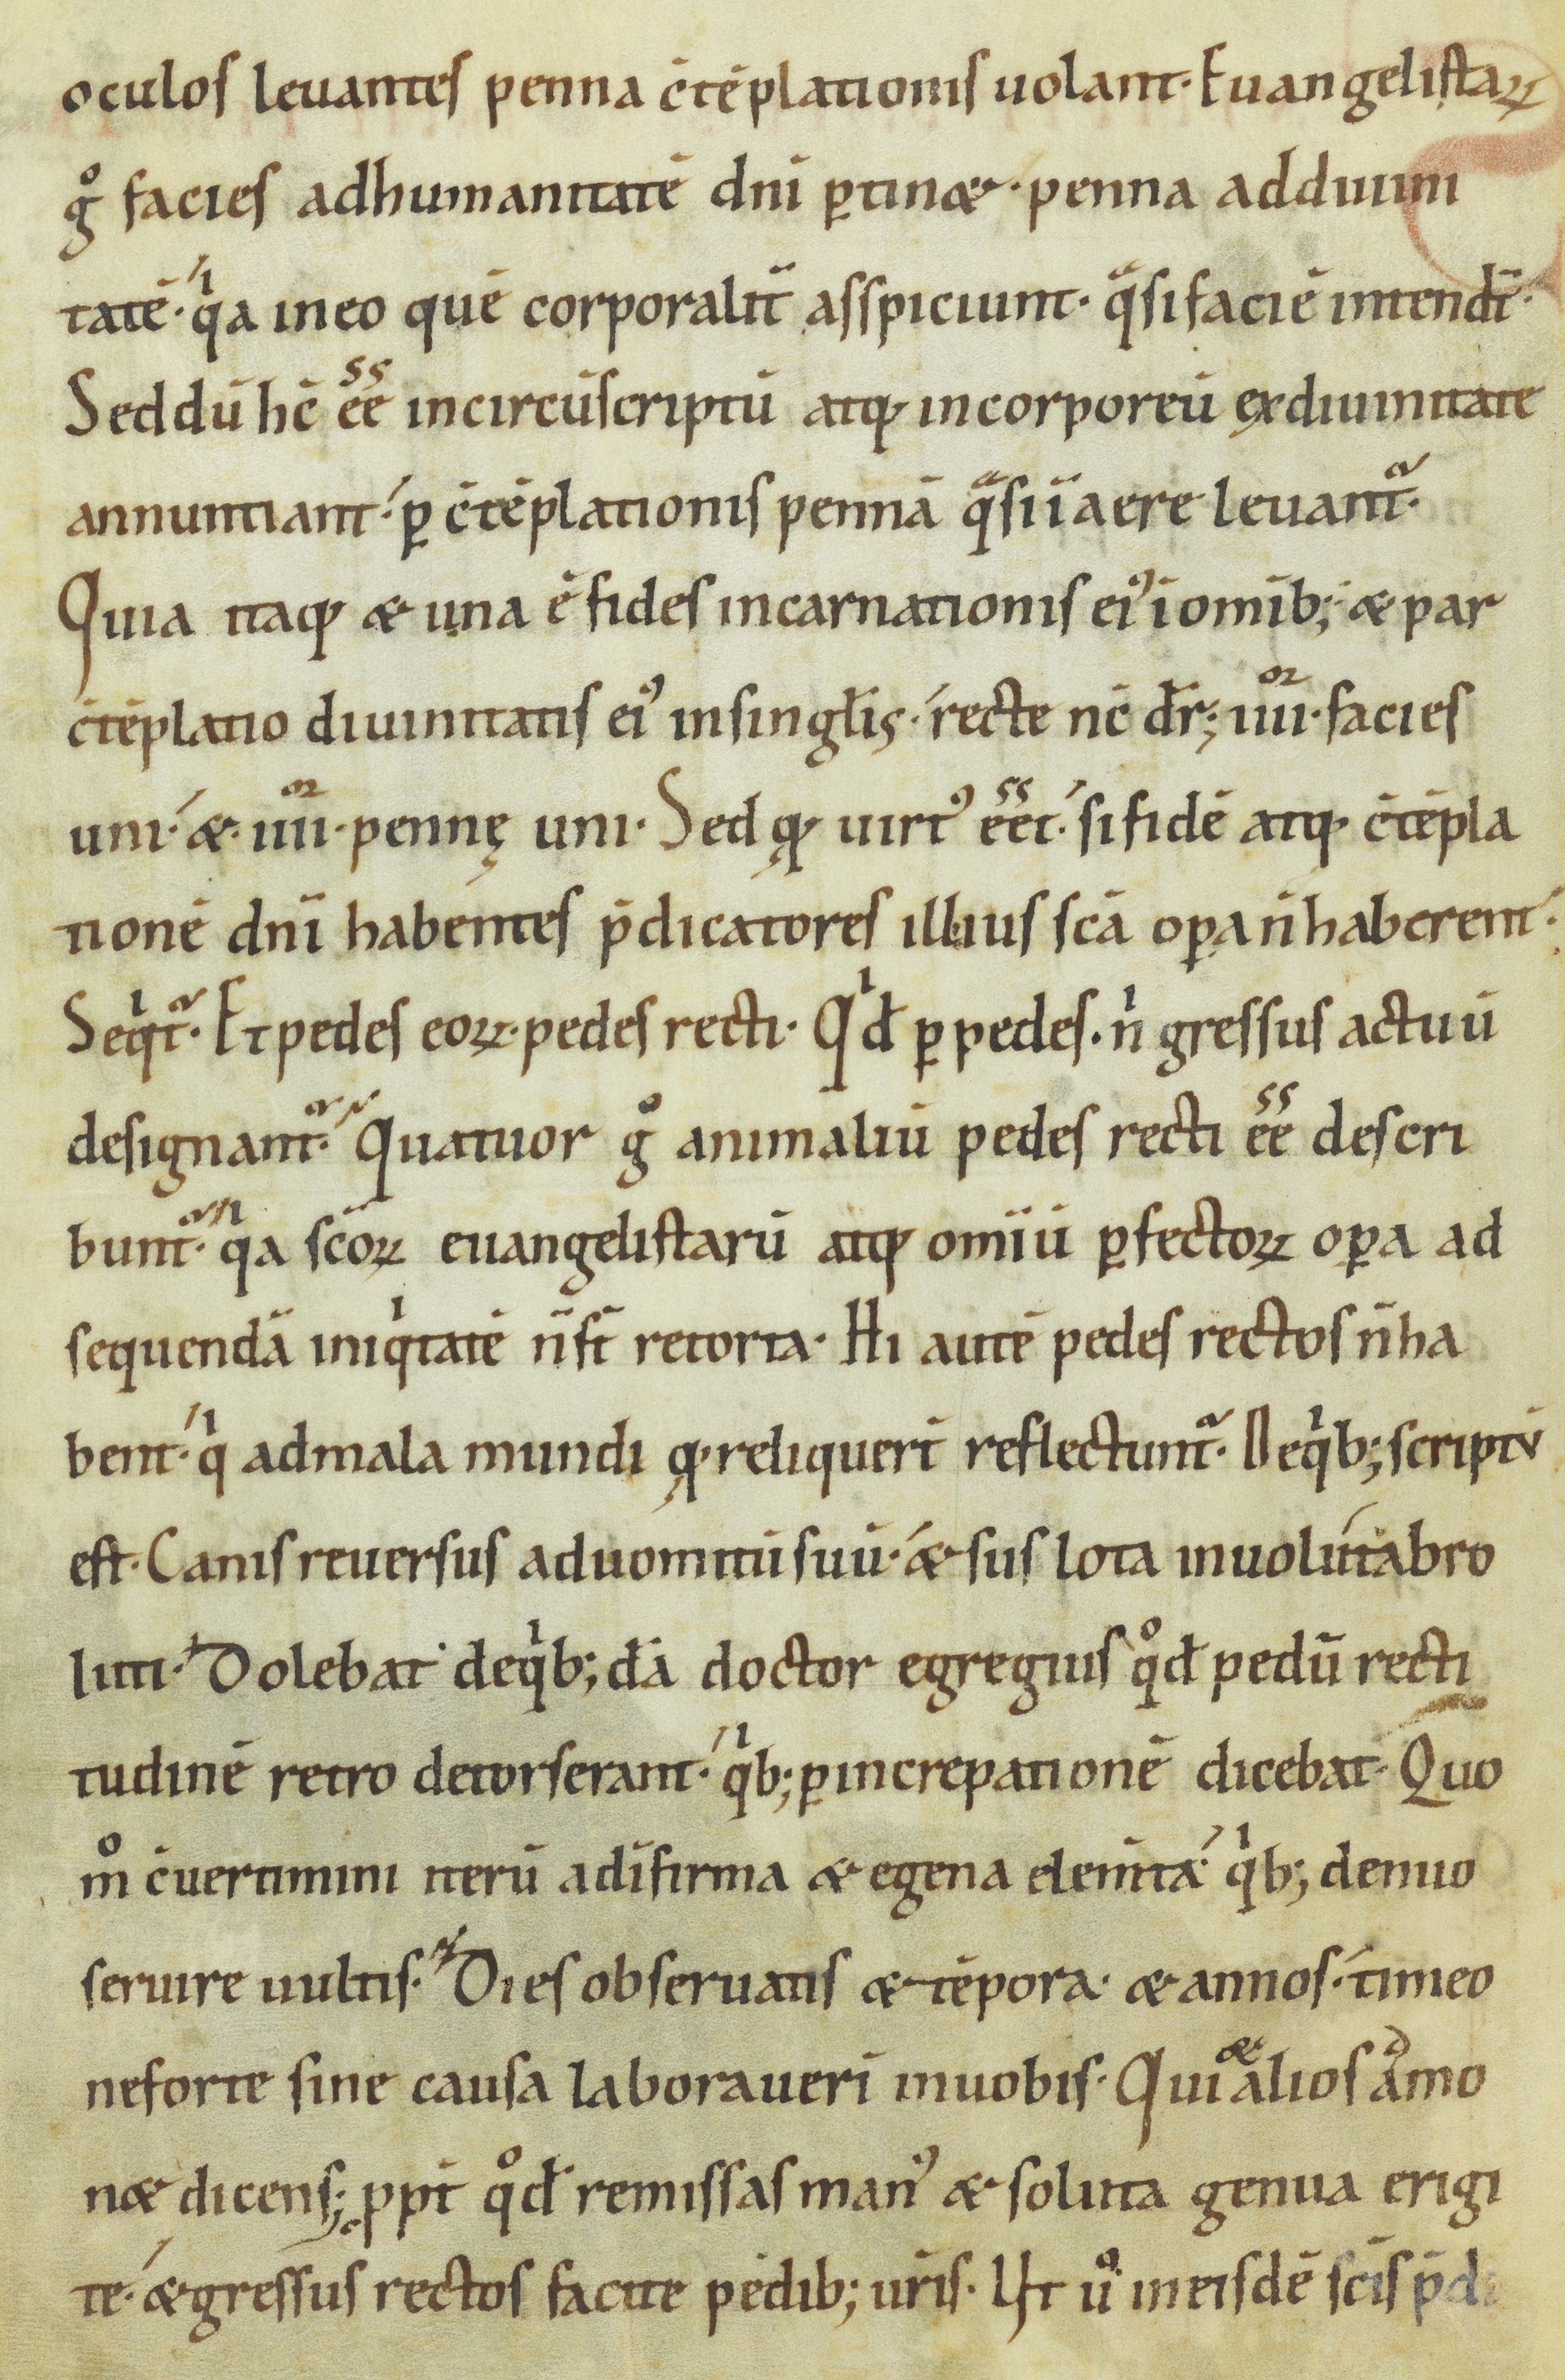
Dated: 1000–1099